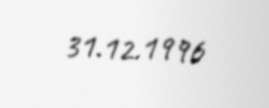
31.12.1996